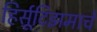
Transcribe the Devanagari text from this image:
हिर्सूटिझमाचे